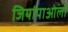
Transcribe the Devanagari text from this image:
जियांपाओलो